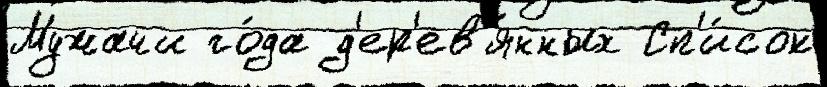
Мужачи го́да д'ер'ев'я́нных Сп'и́сок